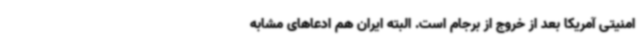
امنیتی آمریکا بعد از خروج از برجام است. البته ایران هم ادعاهای مشابه